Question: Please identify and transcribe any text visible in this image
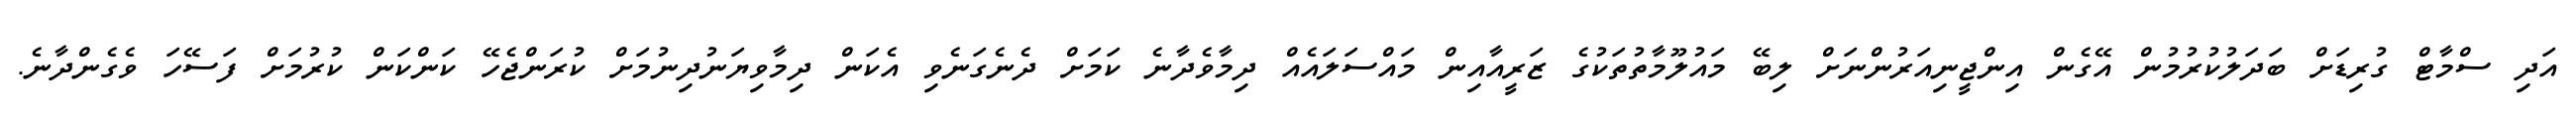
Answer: އަދި ސްމާޓް ގުރިޑަށް ބަދަލުކުރުމުން އޭގެން އިންޖީނިއަރުންނަށް ލިބޭ މައުލޫމާތުތަކުގެ ޒަރީއާއިން މައްސަލައެއް ދިމާވެދާނެ ކަމަށް ދެނެގަނެވި އެކަން ދިމާވިޔަނުދިނުމަށް ކުރަންޖެހޭ ކަންކަން ކުރުމަށް ފަސޭހަ ވެގެންދާނެ.